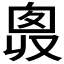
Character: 𠭛